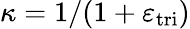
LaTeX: \kappa=1/(1+\varepsilon_{\mathrm{tri}})